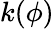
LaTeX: k(\phi)